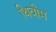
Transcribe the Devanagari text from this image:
थिवीम